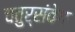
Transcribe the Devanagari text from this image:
चतुर्संवेग